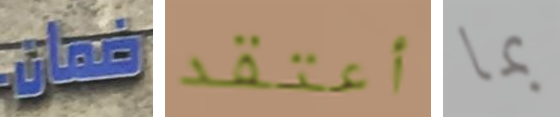
ضمان أعتقد بما